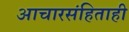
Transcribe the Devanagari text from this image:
आचारसंहिताही